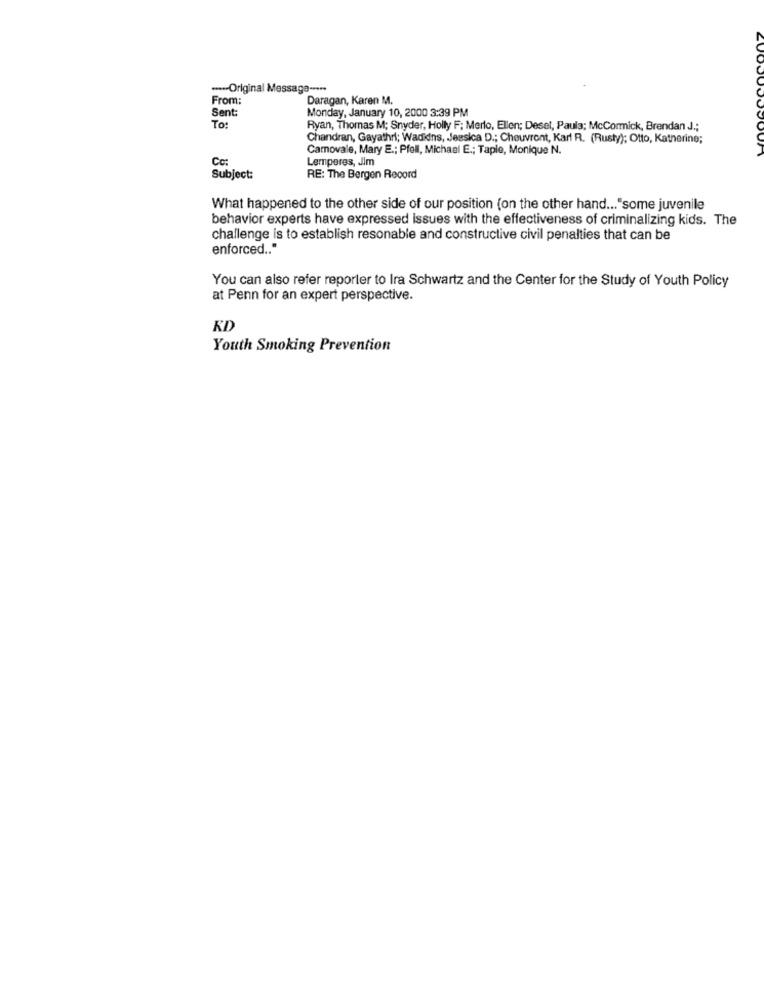
···- Original Message -····
From:
Daragan, Karen M.
Sent:
Monday, January 10, 2000 3:39 PM
To:
Ryan, Thomas M; Snyder, Holly F; Merlo, Ellen; Desel, Paula; McCormick, Brendan J .;
Chandran, Gayathri; Wadidns, Jessica D .; Cheuvront, Karl R. (Rusty); Otto, Katherine;
Camovale, Mary E .; Pfell, Michael E .; Taple, Monique N.
Cc:
Lemperes, Jim
Subject:
RE: The Bergen Record
What happened to the other side of our position (on the other hand ... "some juvenile
behavior experts have expressed issues with the effectiveness of criminalizing kids. The
challenge is to establish resonable and constructive civil penalties that can be
enforced .. "
You can also refer reporter to Ira Schwartz and the Center for the Study of Youth Policy
at Penn for an expert perspective.
KD
Youth Smoking Prevention